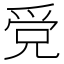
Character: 𤔓